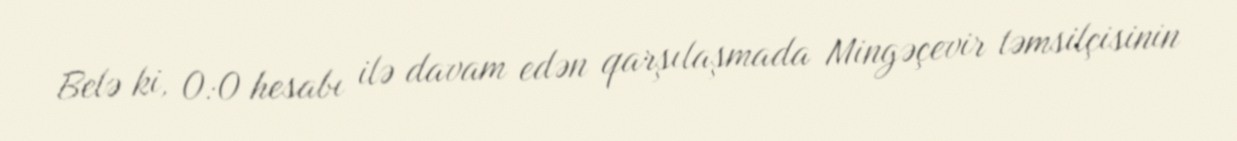
Belə ki, 0:0 hesabı ilə davam edən qarşılaşmada Mingəçevir təmsilçisinin